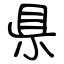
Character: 県